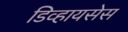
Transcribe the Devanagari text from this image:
डिव्हायसेस